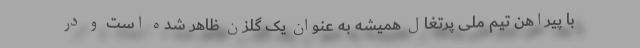
با پیراهن تیم ملی پرتغال همیشه به عنوان یک گلزن ظاهر شده است و در